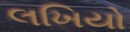
લખિયો